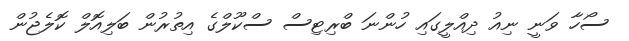
ސޯހާ ވަނީ ނިއު ދިއްލީގައި ހުންނަ ބްރިޓިސް ސްކޫލްގެ އިތުރުން ބަލިއޮލް ކޮލެޖުން